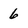
Character: 6